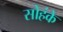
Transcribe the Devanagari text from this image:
सोहंके